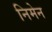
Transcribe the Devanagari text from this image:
निमेन